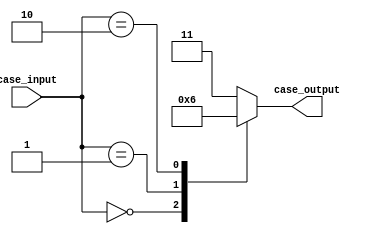
module full_case_example (
    input wire [3:0] case_input,
    output reg [1:0] case_output
);

always @ (*) begin
    case (case_input)
        4'b0000: begin
            case_output = 2'b00;
        end
        4'b0001: begin
            case_output = 2'b01;
        end
        4'b0010: begin
            case_output = 2'b10;
        end
        default: begin
            case_output = 2'b11;
        end
    endcase
end

endmodule